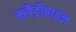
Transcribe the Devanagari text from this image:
क्लैड्रीबाइन